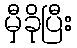
မှီခိုပြီး